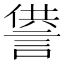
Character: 𧨻